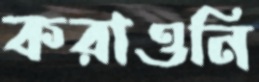
করাওনি